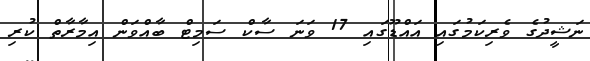
ނަޝީދުގެ ވެރިކަމުގައި އައްޑޫގައި 17 ވަނަ ސާކް ސަމިޓް ބާއްވަން އިމާރާތް ކުރި